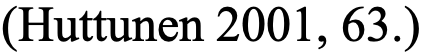
(Huttunen 2001, 63.)